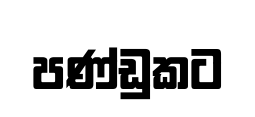
පණ්ඩුකට